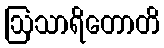
ဩသာရိတောတိ